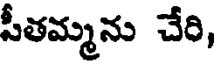
పీతమ్మను చేరి,